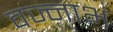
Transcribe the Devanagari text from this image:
वज्नाभ